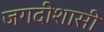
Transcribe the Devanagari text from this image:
जगदीशासी